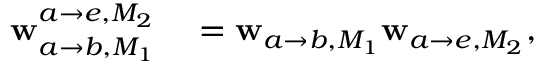
\begin{array} { r l } { \mathbf { w } _ { a \rightarrow b , M _ { 1 } } ^ { a \rightarrow e , M _ { 2 } } } & { { } = \mathbf { w } _ { a \rightarrow b , M _ { 1 } } \mathbf { w } _ { a \rightarrow e , M _ { 2 } } , } \end{array}